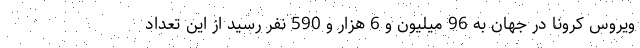
ویروس کرونا در جهان به 96 میلیون و 6 هزار و 590 نفر رسید از این تعداد